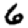
Digit: 6